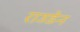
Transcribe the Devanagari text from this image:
राउडेन